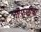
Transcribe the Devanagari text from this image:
गोफणीचा